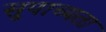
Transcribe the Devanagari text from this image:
सुपाच्यता